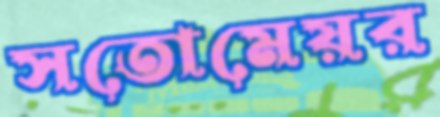
সতোমেয়র